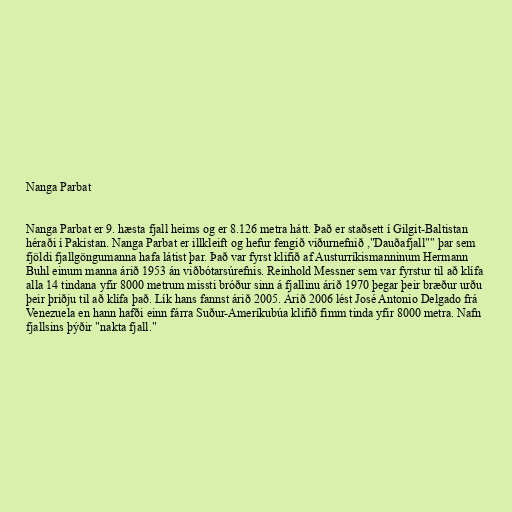
Nanga Parbat

Nanga Parbat er 9. hæsta fjall heims og er 8.126 metra hátt. Það er staðsett í Gilgit-Baltistan
héraði í Pakistan. Nanga Parbat er illkleift og hefur fengið viðurnefnið ,"Dauðafjall"" þar sem
fjöldi fjallgöngumanna hafa látist þar. Það var fyrst klifið af Austurríkismanninum Hermann
Buhl einum manna árið 1953 án viðbótarsúrefnis. Reinhold Messner sem var fyrstur til að klífa
alla 14 tindana yfir 8000 metrum missti bróður sinn á fjallinu árið 1970 þegar þeir bræður urðu
þeir þriðju til að klífa það. Lík hans fannst árið 2005. Árið 2006 lést José Antonio Delgado frá
Venezuela en hann hafði einn fárra Suður-Ameríkubúa klifið fimm tinda yfir 8000 metra. Nafn
fjallsins þýðir "nakta fjall."